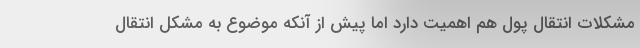
مشکلات انتقال پول هم اهمیت دارد اما پیش از آنکه موضوع به مشکل انتقال